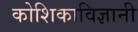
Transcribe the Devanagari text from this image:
कोशिकाविज्ञानी